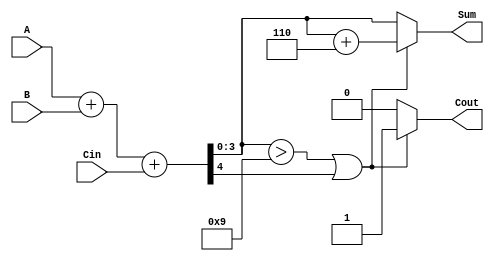
module BCD_Parallel_Adder(
    input [3:0] A,     // First BCD digit
    input [3:0] B,     // Second BCD digit
    input Cin,         // Carry input
    output reg [3:0] Sum, // BCD result of the addition
    output reg Cout     // Carry output
);

    wire [4:0] S; // 5-bit sum to hold A + B + Cin
    wire correction_needed; // Signal to indicate if correction is needed

    // Step 1: Perform binary addition
    assign S = A + B + Cin; // S[4:0] = A + B + Cin

    // Step 2: Check for BCD correction conditions
    assign correction_needed = (S[3:0] > 4'b1001) || S[4];

    // Step 3: Apply correction if necessary
    always @(*) begin
        if (correction_needed) begin
            Sum = S[3:0] + 4'b0110; // Add 6 to the sum
            Cout = 1;               // Set carry out
        end else begin
            Sum = S[3:0];           // No correction needed
            Cout = 0;               // No carry out
        end
    end

endmodule